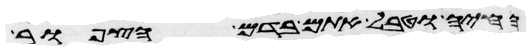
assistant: החיה וטבל אתם בדם הצפור